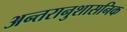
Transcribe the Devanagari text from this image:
अन्तरानुशासनिक